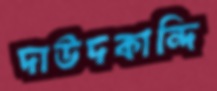
দাউদকান্দি